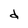
Character: d